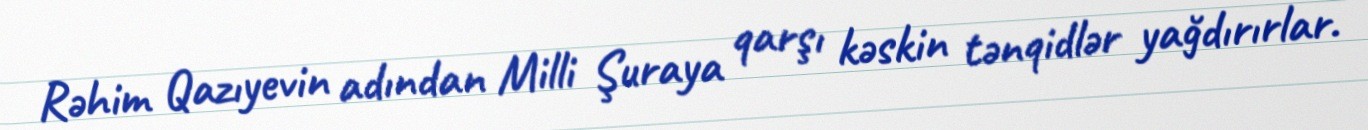
Rəhim Qazıyevin adından Milli Şuraya qarşı kəskin tənqidlər yağdırırlar.